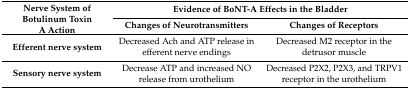
<table><thead><tr><td rowspan="2"><b>Nerve System of Botulinum Toxin A Action</b></td><td colspan="2"><b>Evidence of BoNT-A Effects in the Bladder</b></td></tr><tr><td><b>Changes of Neurotransmitters</b></td><td><b>Changes of Receptors</b></td></tr></thead><tbody><tr><td><b>Efferent nerve system</b></td><td>Decreased Ach and ATP release in efferent nerve endings</td><td>Decreased M2 receptor in the detrusor muscle</td></tr><tr><td><b>Sensory nerve system</b></td><td>Decrease ATP and increased NO release from urothelium</td><td>Decreased P2X2, P2X3, and TRPV1 receptor in the urothelium</td></tr></tbody></table>